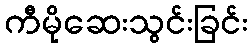
ကီမိုဆေးသွင်းခြင်း